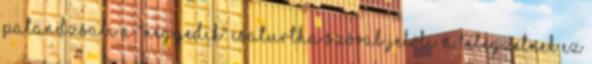
Patandzsali a "negyedik" csaturtha szóval jelöli. A lélegzetnek ez